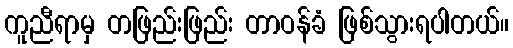
ကူညီရာမှ တဖြည်းဖြည်း တာဝန်ခံ ဖြစ်သွားရပါတယ်။